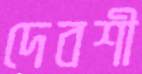
দেবশী